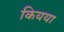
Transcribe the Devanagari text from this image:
कियया